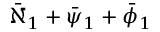
\bar { \aleph } _ { 1 } + \bar { \psi } _ { 1 } + \bar { \phi } _ { 1 }